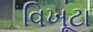
વિખૂટા